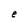
Character: e